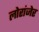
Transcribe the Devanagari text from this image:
लोरांंजेर